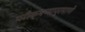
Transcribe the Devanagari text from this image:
परीक्षणाप्रमाणे